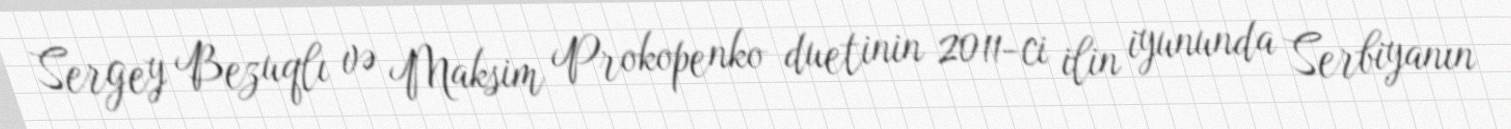
Sergey Bezuqlı və Maksim Prokopenko duetinin 2011-ci ilin iyununda Serbiyanın